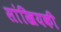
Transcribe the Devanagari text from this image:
सांखियकी